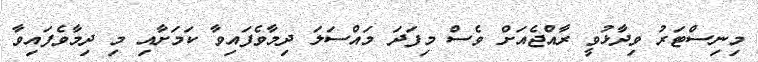
މިނިސްޓަރު ވިދާޅުވީ ރާއްޖެއަށް ވެސް މިފަދަ މައްސަލަ ދިމާވެފައިވާ ކަމަށާއި މި ދިމާވެފައިވާ